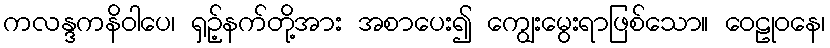
ကလန္ဒကနိဝါပေ၊ ရှဉ့်နက်တို့အား အစာပေး၍ ကျွေးမွေးရာဖြစ်သော။ ဝေဠုဝနေ၊